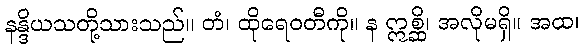
နန္ဒိယသတို့သားသည်။ တံ၊ ထိုရေဝတီကို။ န ဣစ္ဆိ၊ အလိုမရှိ။ အထ၊